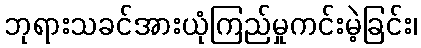
ဘုရားသခင်အားယုံကြည်မှုကင်းမဲ့ခြင်း၊